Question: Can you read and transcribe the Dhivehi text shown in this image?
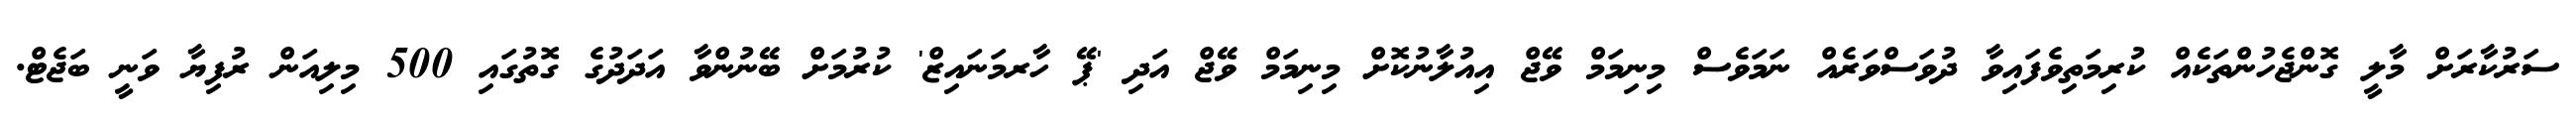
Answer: ސަރުކާރަށް މާލީ ގޮންޖެހުންތަކެއް ކުރިމަތިވެފައިވާ ދުވަސްވަރެއް ނަމަވެސް މިނިމަމް ވޭޖް އިއުލާނުކޮށް މިނިމަމް ވޭޖް އަދި 'ޕޭ ހާރމަނައިޒް' ކުރުމަށް ބޭނުންވާ އަދަދުގެ ގޮތުގައި 500 މިލިއަން ރުފިޔާ ވަނީ ބަޖެޓް.